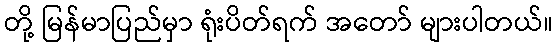
တို့ မြန်မာပြည်မှာ ရုံးပိတ်ရက် အတော် များပါတယ်။